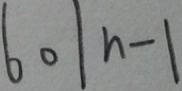
6 0 \vert n - 1